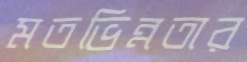
মতভিন্নতার